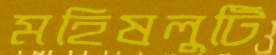
মহিষলুটি